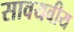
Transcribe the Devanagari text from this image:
सावयवीय